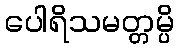
ပေါရိသမတ္တမ္ပိ